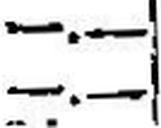
—.—